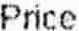
PRICE